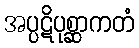
အပ္ပဋိပုစ္ဆာကတံ